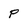
Character: P